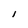
Character: l